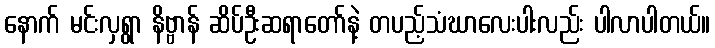
နောက် မင်းလှရွာ နိဗ္ဗာန် ဆိပ်ဦးဆရာတော်နဲ့ တပည့်သံဃာလေးပါးလည်း ပါလာပါတယ်။